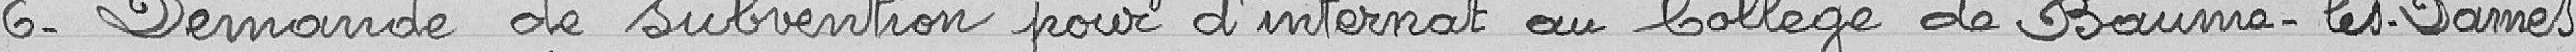
6- Demande de subvention pour frais d'internat au Collège de Baumes-les-Dames